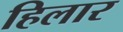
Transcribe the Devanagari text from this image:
हिलार